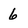
Character: 6